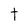
Character: t